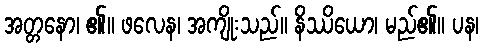
အတ္တနော၊ ၏။ ဖလေန၊ အကျိုးသည်။ နိဿိယော၊ မည်၏။ ပန၊